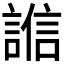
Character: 𧪄